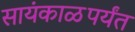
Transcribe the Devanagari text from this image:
सायंकाळपर्यंत